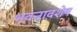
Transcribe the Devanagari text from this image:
भवनावशेष